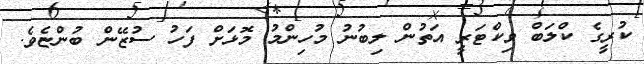
ކުރީގެ ކްލަބް ވިކްޓަރީ އަތުން ލިބުނު މުހިންމު މޮޅަށް ފަހު ސުޒޭން ބުންޏެވެ.